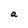
Character: a